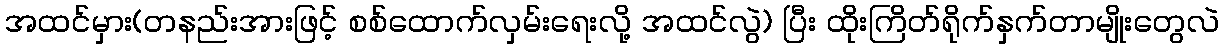
အထင်မှား(တနည်းအားဖြင့် စစ်ထောက်လှမ်းရေးလို့ အထင်လွဲ) ပြီး ထိုးကြိတ်ရိုက်နှက်တာမျိုးတွေလဲ